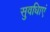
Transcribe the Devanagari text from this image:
सुवधिाएं